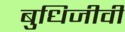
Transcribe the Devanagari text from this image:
बुधिजीवी